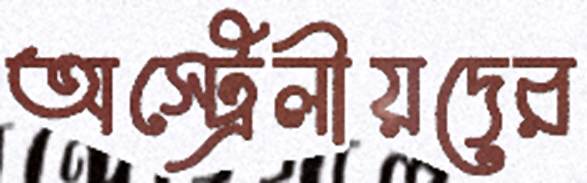
অস্ট্রেলীয়দের